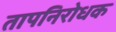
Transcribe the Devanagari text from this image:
तापनिरोधक